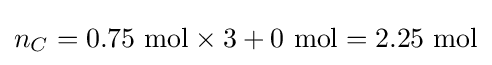
n_{C}=0.75\ {\text{mol}}\times 3+0\ {\text{mol}}=2.25\ {\text{mol}}